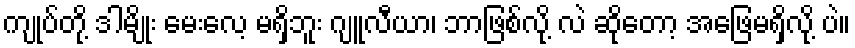
ကျုပ်တို့ ဒါမျိုး မေးလေ့ မရှိဘူး ဂျူလီယာ၊ ဘာဖြစ်လို့ လဲ ဆိုတော့ အဖြေမရှိလို့ ပဲ။